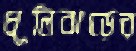
ধূলিঝড়ের